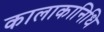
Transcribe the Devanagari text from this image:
कालाकानिधि